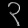
Digit: ၃